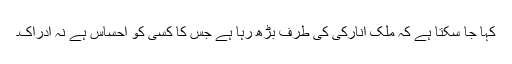
کہا جا سکتا ہے کہ ملک انارکی کی طرف بڑھ رہا ہے جس کا کسی کو احساس ہے نہ ادراک۔